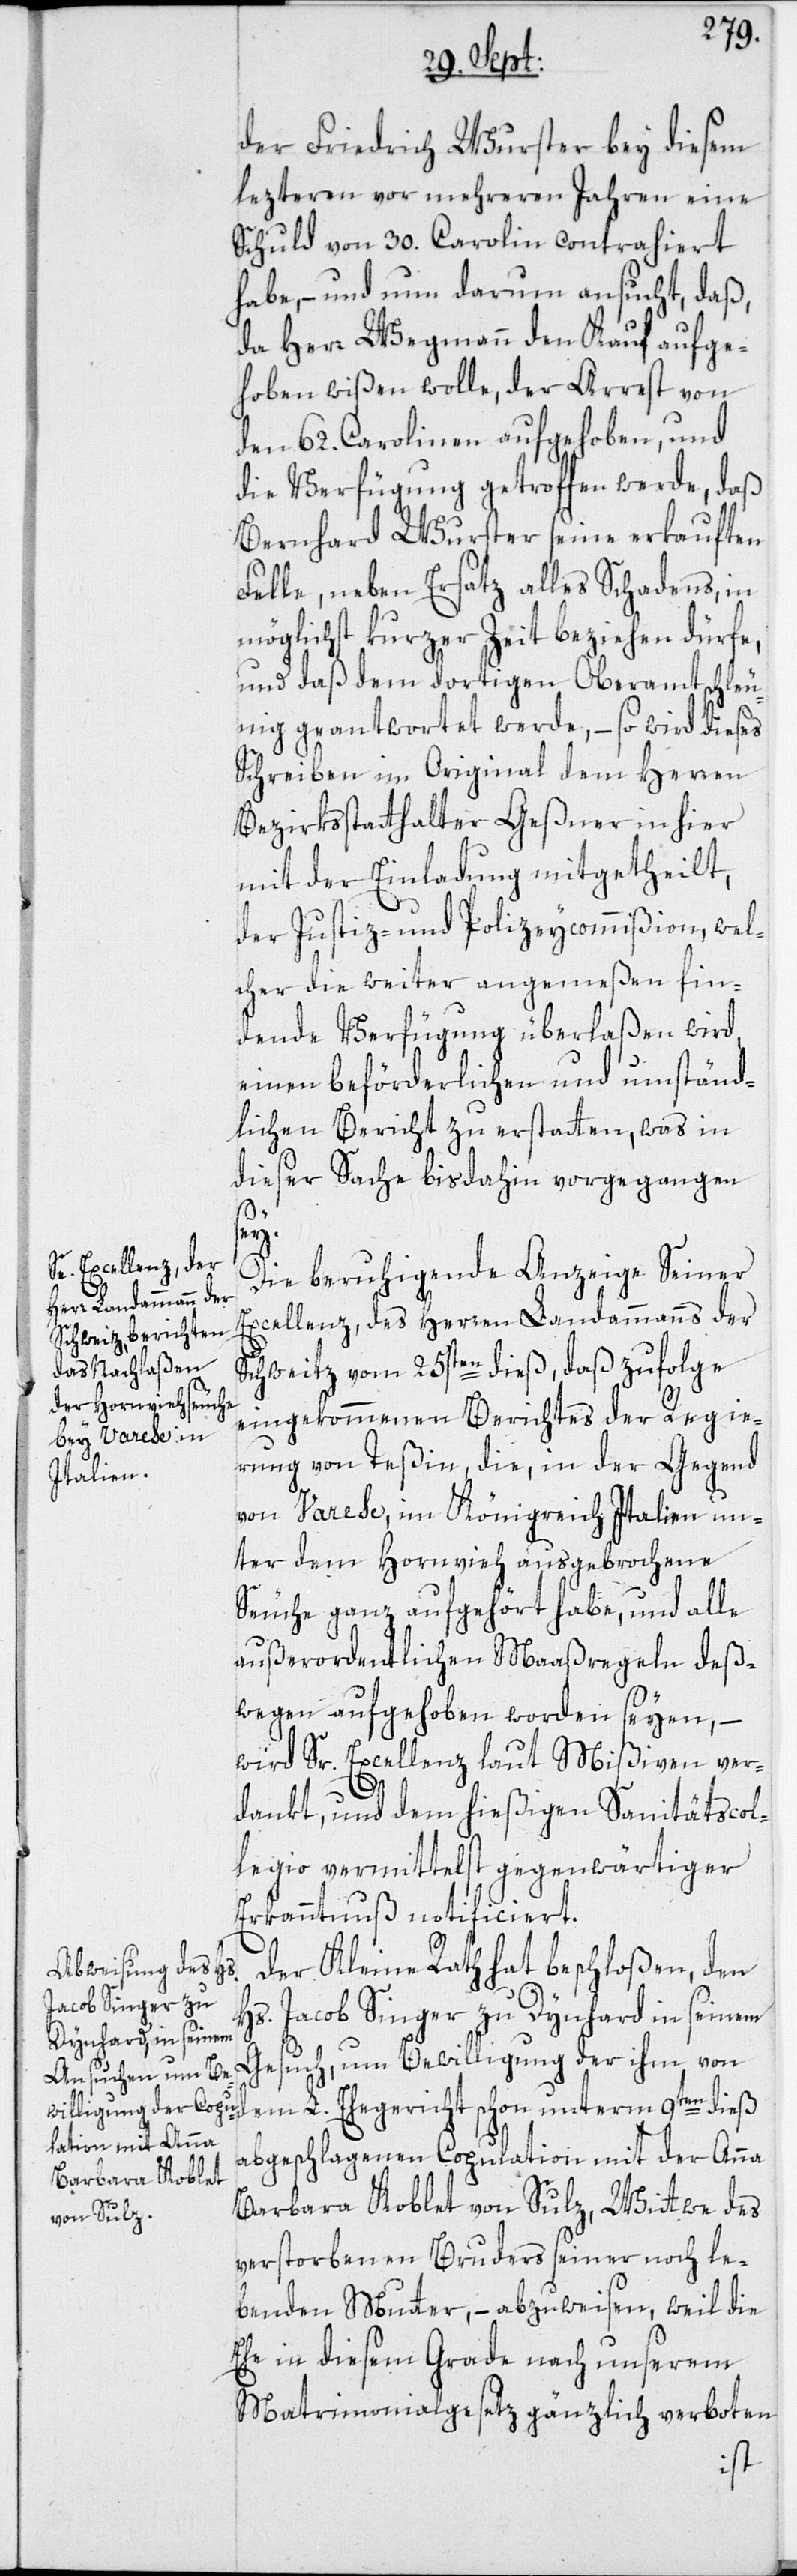
der Friedrich Wurster bey diesem
lezteren vor mehreren Jahren eine
Schuld von 30. Carolin contrahiert
habe, – und nun darum ansucht, daß,
da Herr Wegmann den Kauf aufge¬
hoben wißen wolle, der Arrest von
den 62. Carolinen aufgehoben, und
die Verfügung getroffen werde, daß
Bernhard Wurster seine erkauften
Felle, neben Ersatz alles Schadens, in
möglichst kurzer Zeit beziehen dürfe,
und daß dem dortigen Oberamt schle¬
unig geantwortet werde, – so wird dieses
Schreiben im Original dem Herren
Bezirksstatthalter Geßner in hier
mit der Einladung mitgetheilt,
der Justiz- und Polizeycommißion, wel¬
cher die weiter angemeßen fin¬
dende Verfügung überlaßen wird,
einen beförderlichen und umständ¬
lichen Bericht zu erstatten, was in
dieser Sache bisdahin vorgegangen
sey.
Die beruhigende Anzeige Seiner
Excellenz, des Herren Landammanns der
Schweitz vom 25sten dieß, daß zufolge
eingekommenen Berichtes der Regie¬
rung von Teßin, die, in der Gegend
von Varese, im Königreich Italien un¬
ter dem Hornvieh ausgebrochene
Seuche ganz aufgehört habe, und alle
außerordentlichen Maaßregeln deß¬
wegen aufgehoben worden seyen, –
wird Sr. Excellenz laut Mißiven ver¬
dankt, und dem hießigen Sanitätscol¬
legio vermittelst gegenwärtiger
Erkanntnuß notificiert.
Der Kleine Rath hat beschloßen, den
Hs. Jacob Singer zu Dynhard in seinem
Gesuch, um Bewilligung der ihm von
dem L. Ehegericht schon unterm 9ten dieß
abgeschlagenen Copulation mit der Anna
Barbara Koblet von Sulz, Wittwe des
verstorbenen Bruders seiner noch le¬
benden Mutter, – abzuweisen, weil die
Ehe in diesem Grade nach unserem
Matrimonialgesetz gänzlich verboten